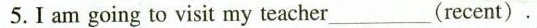
5.I am going to visit my teacher____(recent).